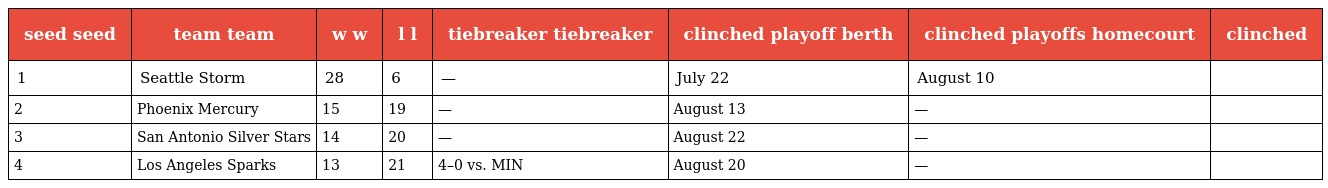
| seed seed | team team | w w | l l | tiebreaker tiebreaker | clinched playoff berth | clinched playoffs homecourt | clinched |
 | --- | --- | --- | --- | --- | --- | --- | --- |
 | 1 | Seattle Storm | 28 | 6 | — | July 22 | August 10 |  |
 | 2 | Phoenix Mercury | 15 | 19 | — | August 13 | — |  |
 | 3 | San Antonio Silver Stars | 14 | 20 | — | August 22 | — |  |
 | 4 | Los Angeles Sparks | 13 | 21 | 4–0 vs. MIN | August 20 | — |  |